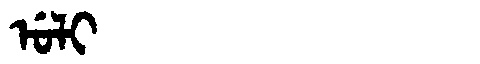
Manchu: ᡠᠯᡳ
Romanization: ULI